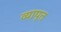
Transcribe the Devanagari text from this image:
व्यापृत